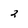
Character: 2